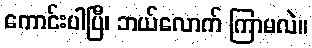
ကောင်းပါပြီ၊ ဘယ်လောက် ကြာမလဲ။